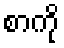
စာကို